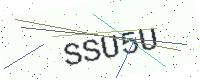
Text: SSU5U